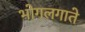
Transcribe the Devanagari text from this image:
भोगलगाते